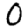
Digit: 0